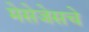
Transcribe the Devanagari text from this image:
मेसेजेसचे